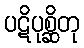
ပဋိပုစ္ဆိတု